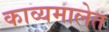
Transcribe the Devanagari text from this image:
काव्यमालेत